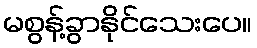
မစွန့်ခွာနိုင်သေးပေ။